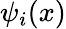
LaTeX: \psi_{i}(x)